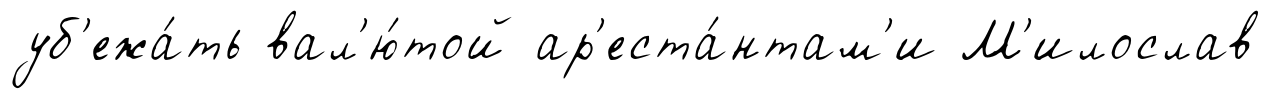
уб'ежа́ть вал'ю́той ар'еста́нтам'и М'илослав